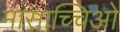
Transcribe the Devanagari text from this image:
मासाच्चिओ